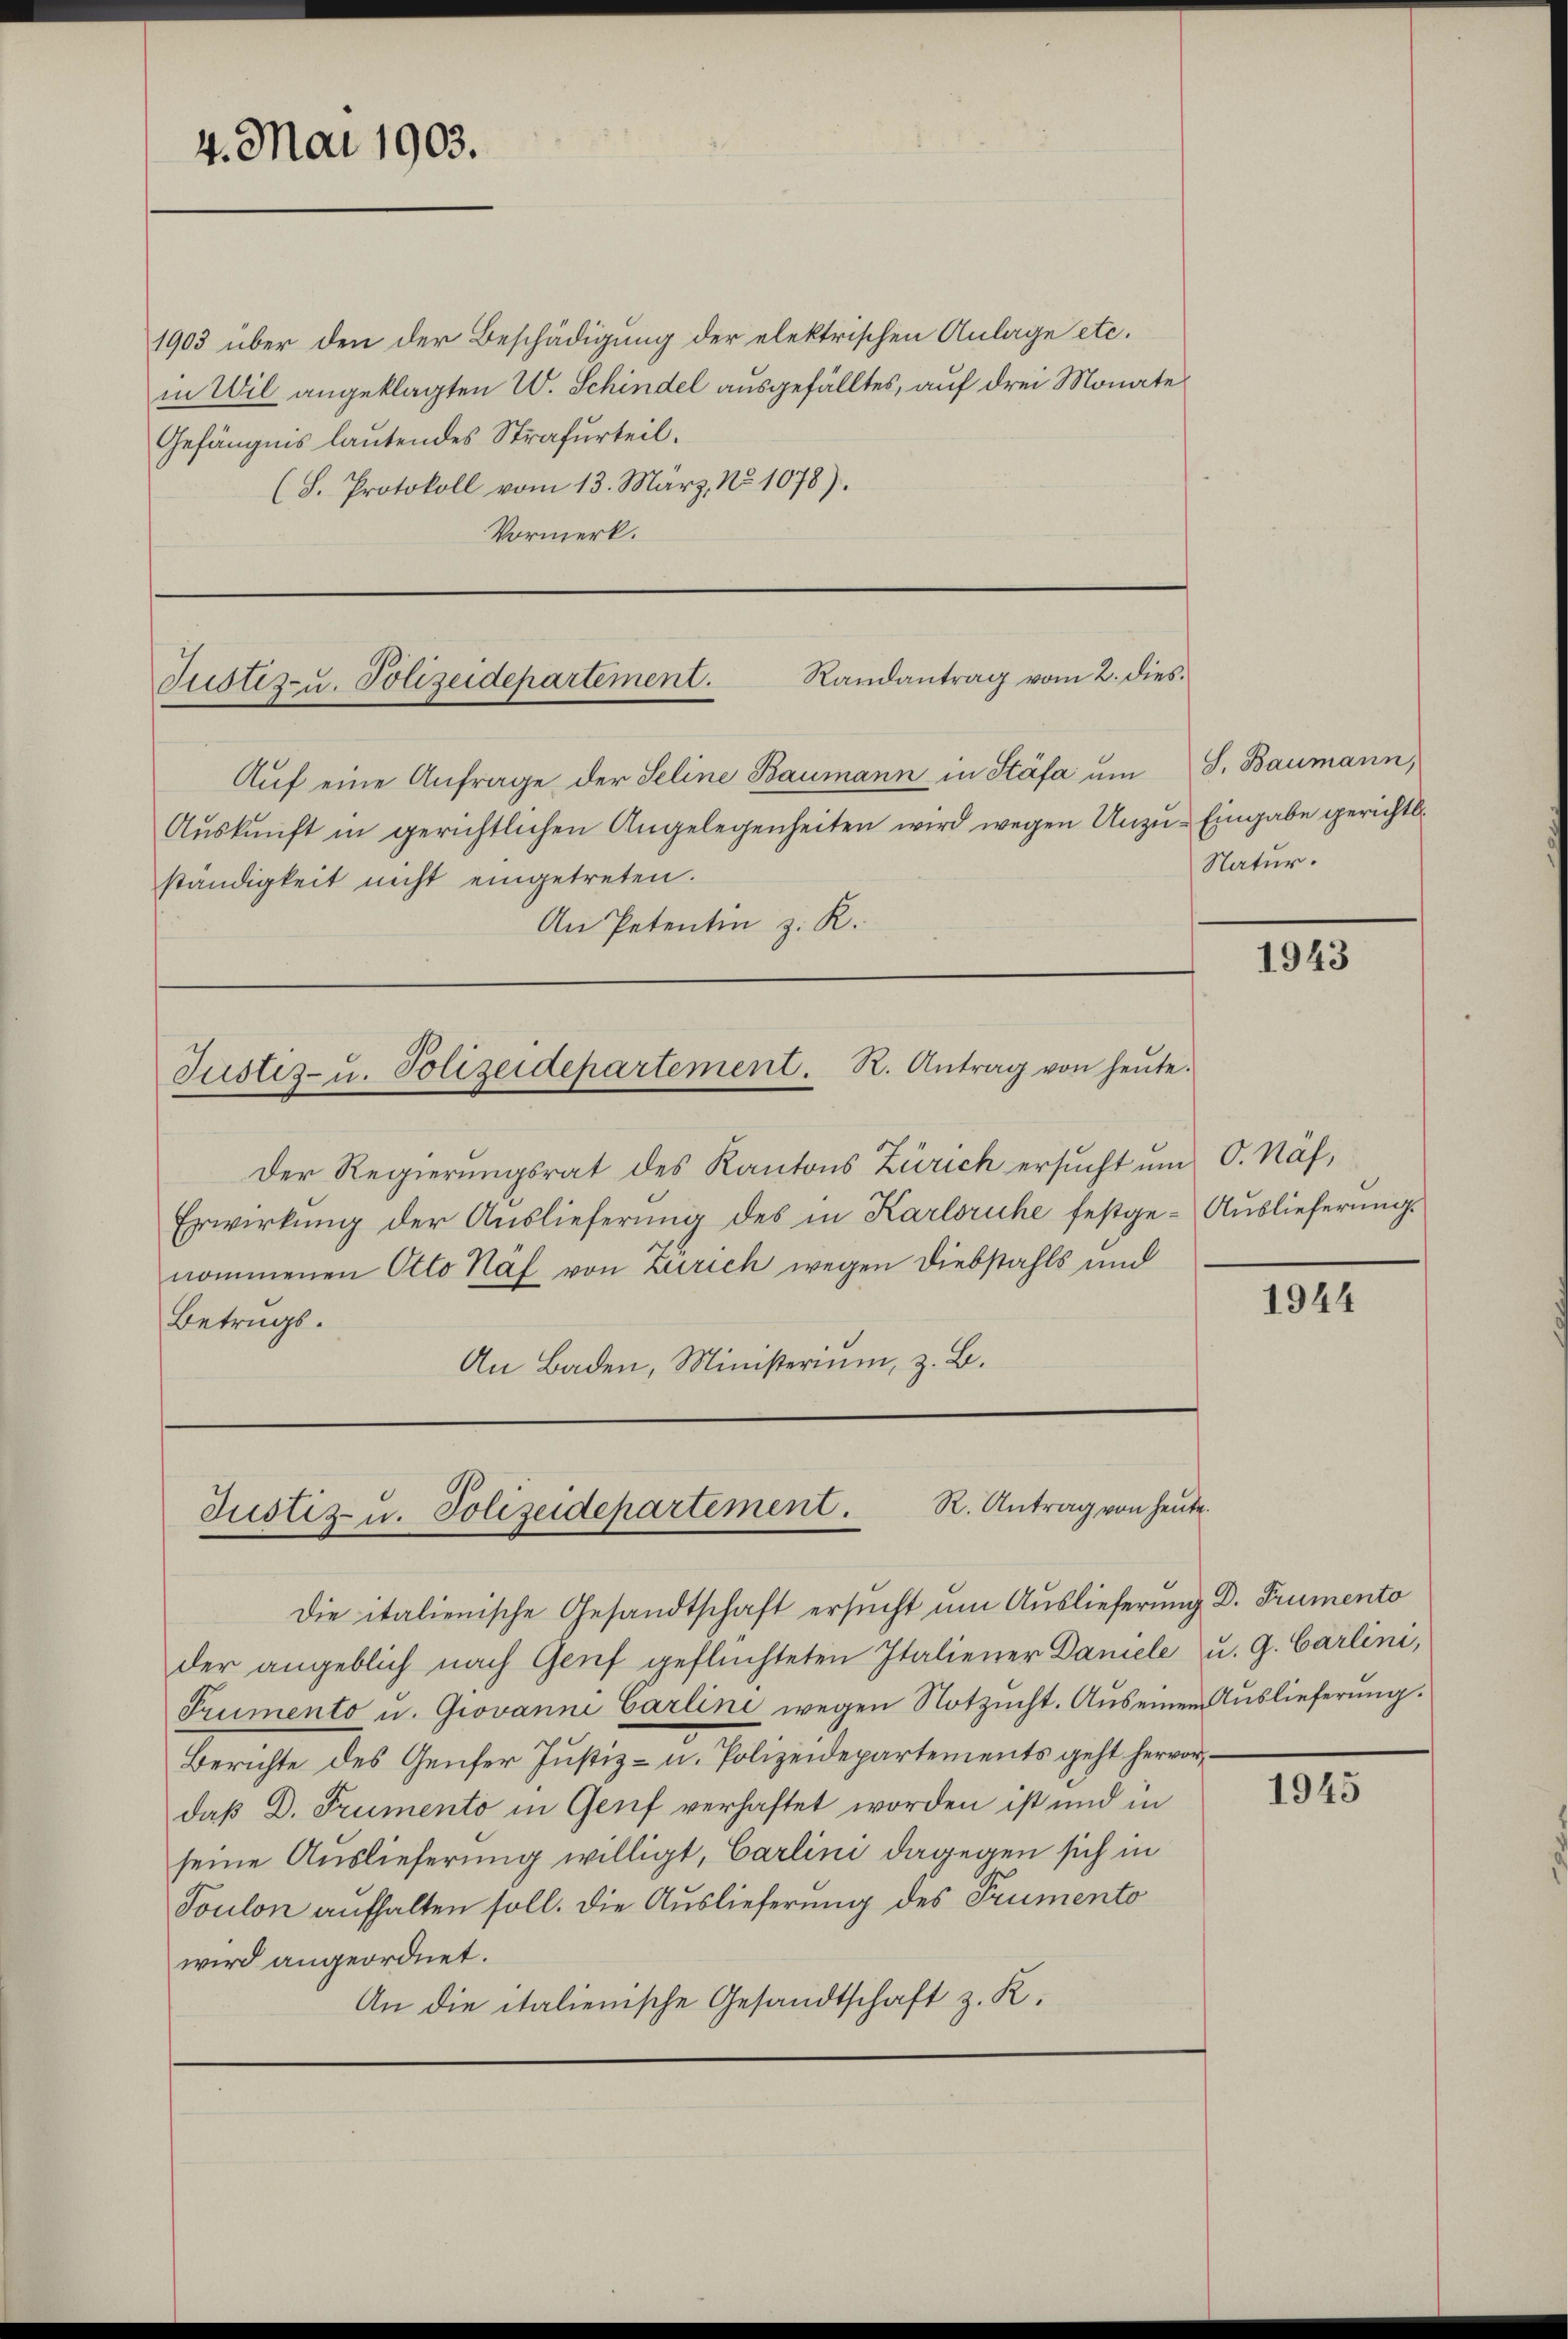
4. Mai 1903.

1903 über den der Beschädigung der elektrischen Anlage etc.
in Wil angeklagten W. Schindel ausgefälltes, auf drei Monate
Gefängnis lautendes Strafurteil.
(L. Protokoll vom 13. März, No 1078).
Vormerk.

Randantrag vom 2. dies
Justiz- u. Polizeidepartement.

Justiz- u. Polizeidepartement. R. Antrag von heŭte.

R. Antrag von heute.
Justiz- u. Polizeidepartement.

Auf eine Anfrage der Seline Baumann in Stäfa um
Auskunft in gerichtlichen Angelegenheiten wird wegen Unzu- Eingabe gerichts.
ständigkeit nicht eingetreten.
An Petentin z. R.

Der Regierungsrat des Kantons Zürich ersucht um O. Näf,
Erwirkung der Auslieferung des in Karlsruhe festge-Auslieferung.
nommenen Otto Näf von Zürich wegen Diebstahls und
Betrugs.
An Baden, Ministerium, z. B.

Die italienische Gesandtschaft ersucht um Auslieferung Dr. Trumento
der angeblich nach Genf geflüchteten Italiener Daniele u. G. Carlini,
Prumento u. Giovanne Carlini wegen Notzucht. Aus einem Auslieferung.
Berichte des Genfer Justiz- u. Polizeidepartements geht hervor,
daß D. Prumento in Genf verhaftet worden ist und in
seine Auslieferung willigt, Carlini dagegen sich in
Toulon aufhalten soll. Die Auslieferung des Trumento
wird angeordnet.
An die italienische Gesandtschaft z. K.

S. Baumann,
Natur.

1943

1944

1945